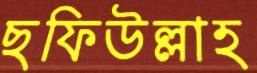
ছফিউল্লাহ